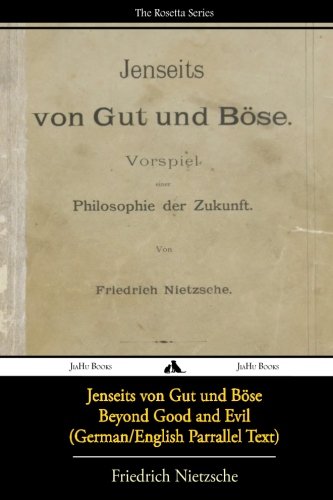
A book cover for Jenseits von Gut und BÃ¶se/Beyond Good and Evil (German/English Bilingual Text) (German Edition); Friedrich Nietzsche; Politics & Social Sciences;